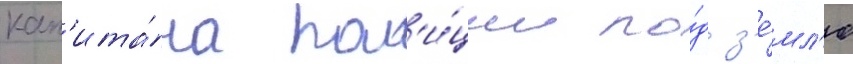
кап'ита́на пол'и́ции по́д з'е́мл'ю